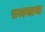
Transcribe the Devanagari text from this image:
एमवाय